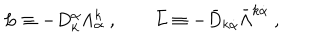
L \equiv - D _ { k } ^ { \alpha } \Lambda _ { \alpha } ^ { k } \ , \qquad \bar { L } \equiv - { \bar { D } } _ { k \dot { \alpha } } \bar { \Lambda } ^ { k \dot { \alpha } } \ ,